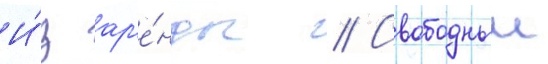
И́з ар'е́нды // Свободныи